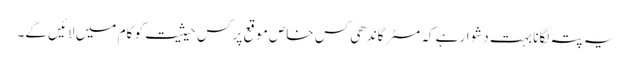
یہ پتہ لگانا بہت دشوار ہے کہ مسٹر گاندھی کس خاص موقع پر کس حیثیت کو کام میں لائیں گے۔